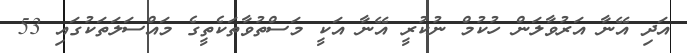
އަދި އޭނާ އަރުވާލަން ހުކުމް ނުކުރީ އޭނާ އަކީ މަސްތުވާތަކެތީގެ މައްސަލަތަކުގައި 53